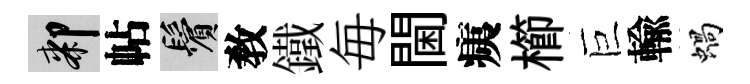
膝帖鬢敎鐵毎閫痍櫛巨輸蝸